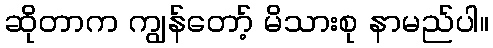
ဆိုတာက ကျွန်တော့် မိသားစု နာမည်ပါ။